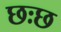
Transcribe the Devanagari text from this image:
छःछ